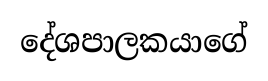
දේශපාලකයාගේ